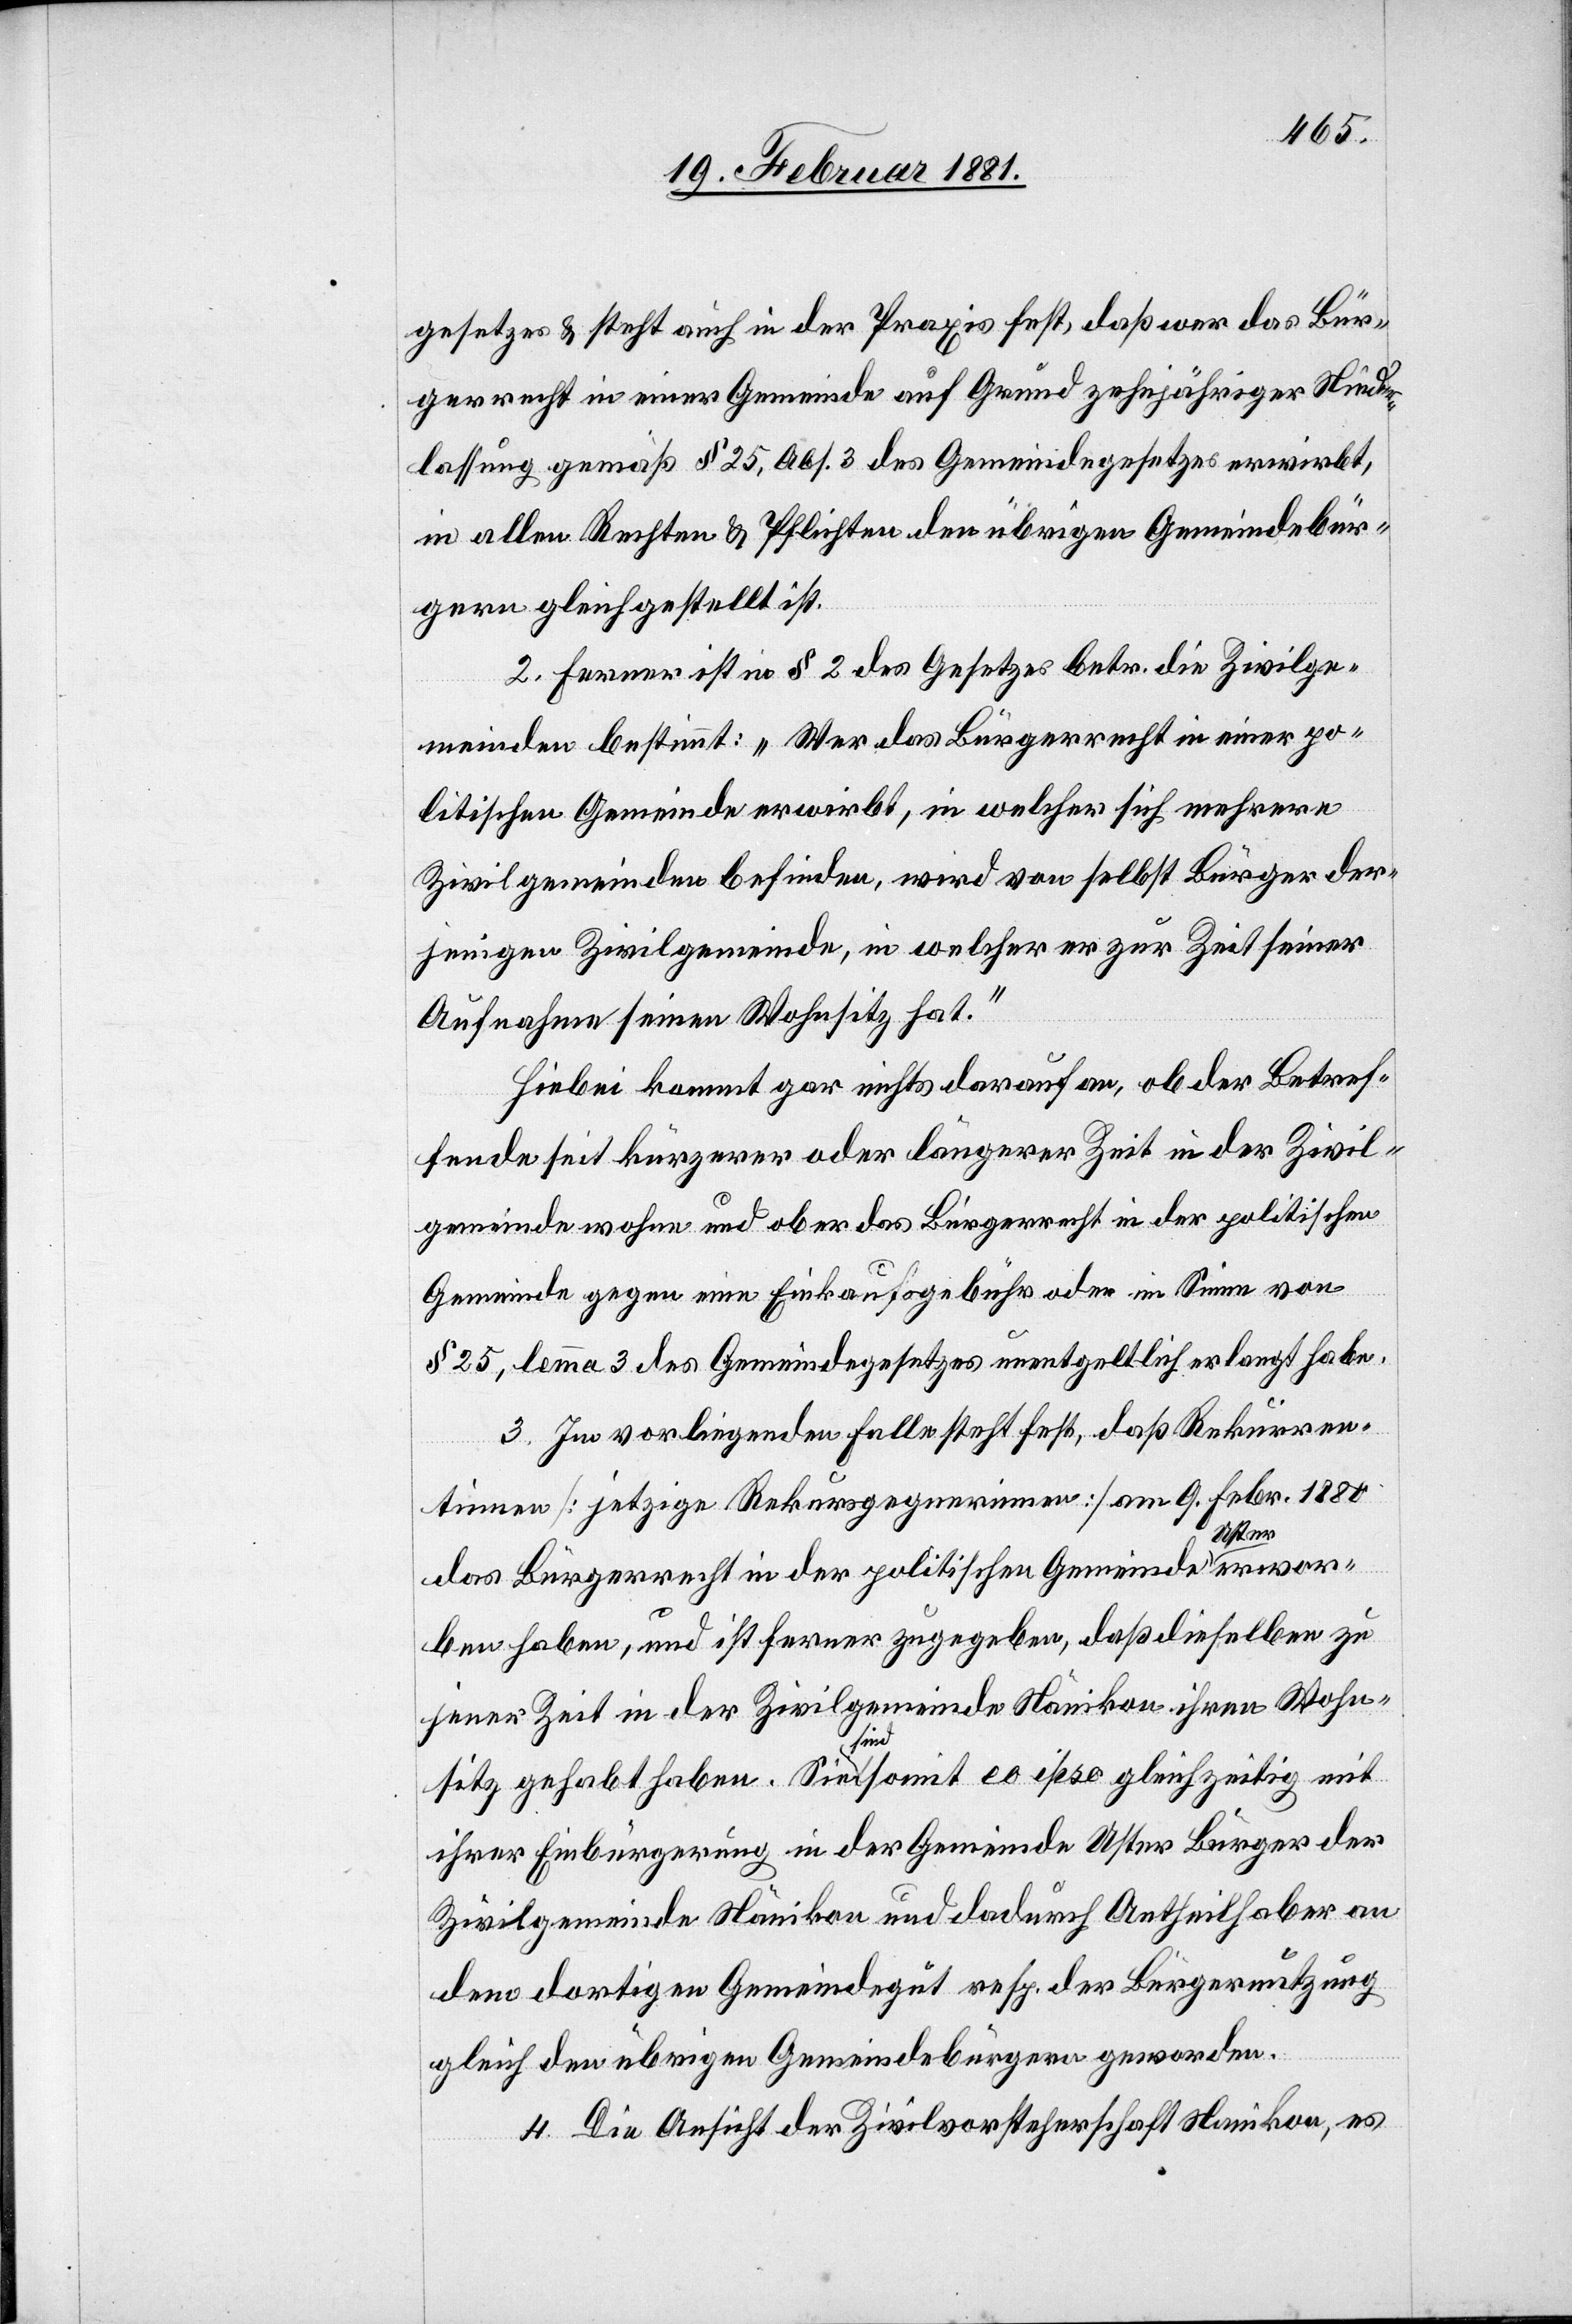
gesetzes & steht auch in der Praxis fest, daß wer das Bür¬
gerrecht in einer Gemeinde auf Grund zehnjähriger Nieder¬
lassung gemäß § 25, Abs. 3 des Gemeindegesetzes erwirbt,
in allen Rechten & Pflichten den übrigen Gemeindebür¬
gern gleichgestellt ist.
2. Ferner ist in § 2 des Gesetzes betr. die Zivilge¬
meinden bestimmt: „Wer das Bürgerrecht in einer po¬
litischen Gemeinde erwirbt, in welcher sich mehrere
Zivilgemeinden befinden, wird von selbst Bürger der¬
jenigen Zivilgemeinde, in welcher er zur Zeit seiner
Aufnahme seinen Wohnsitz hat.“
Hiebei kommt gar nichts darauf an, ob der Betref¬
fende seit kürzerer oder längerer Zeit in der Zivil¬
gemeinde wohne und ob er das Bürgerrecht in der politischen
Gemeinde gegen eine Einkaufsgebühr oder im Sinne von
§ 25, lemma 3 des Gemeindegesetzes unentgeltlich erlangt habe.
3. Im vorliegenden Falle steht fest, daß Rekurren¬
tinnen [jetzige Rekursgegnerinnen] am 9. Febr. 1880
das Bürgerrecht in der politischen Gemeinde Uster erwor¬
ben haben, und ist ferner zugegeben, daß dieselben zu
jener Zeit in der Zivilgemeinde Nänikon ihren Wohn¬
ic!],
sitz gehabt haben. Sie sind somit eo ipso gleichzeitig mit
ihrer Einbürgerung in der Gemeinde Uster Bürger der
Zivilgemeinde Nänikon und dadurch Antheilhaber an
dem dortigen Gemeindegut resp. der Bürgernutzung
gleich den übrigen Gemeindebürgern geworden.
4. Die Ansicht der Zivilvorsteherschaft Nanikon [s¬